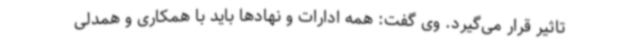
تاثیر قرار می‌گیرد. وی گفت: همه ادارات و نهادها باید با همکاری و همدلی